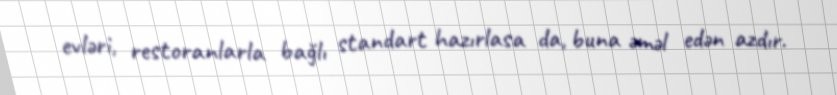
evləri, restoranlarla bağlı standart hazırlasa da, buna əməl edən azdır.